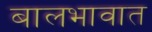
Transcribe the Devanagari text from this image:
बालभावात